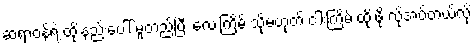
ဆရာဝန်ရဲ့ ထိုးနည်းပေါ် မူတည်ပြီး လေးကြိမ် သို့မဟုတ် ငါးကြိမ် ထိုးဖို့ လိုအပ်တယ်လို့